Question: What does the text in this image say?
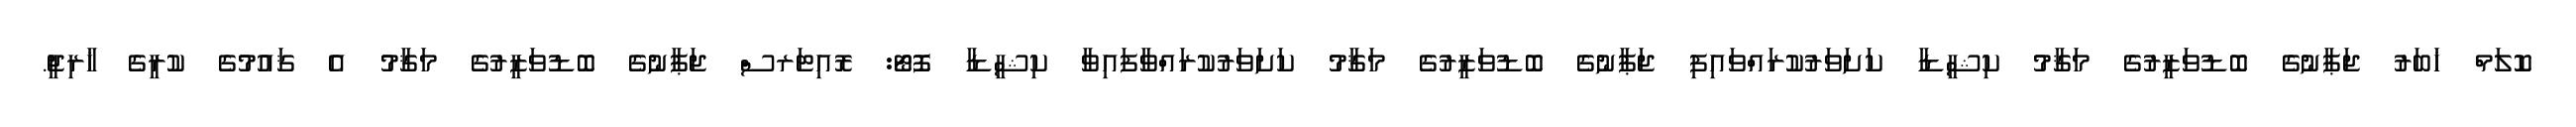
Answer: ކޮލަމް ޚަބަރު ޖަޕާނުގެ ބޮޑުވަޒީރުގެ މަޤާމު ކިޝީޑާ ކަށަވަރުކުރައްވައިފި ޖަޕާނުގެ ބޮޑުވަޒީރުގެ މަޤާމު ކަށަވަރުކުރައްވާފައިވާ ކިޝީޑާ ފޮޓޯ: ރޮއިޓަރސް ޖަޕާނުގެ ބޮޑުވަޒީރުގެ މަޤާމު އެ ޤައުމުގެ ކުރީގެ ޚާރިޖީ.